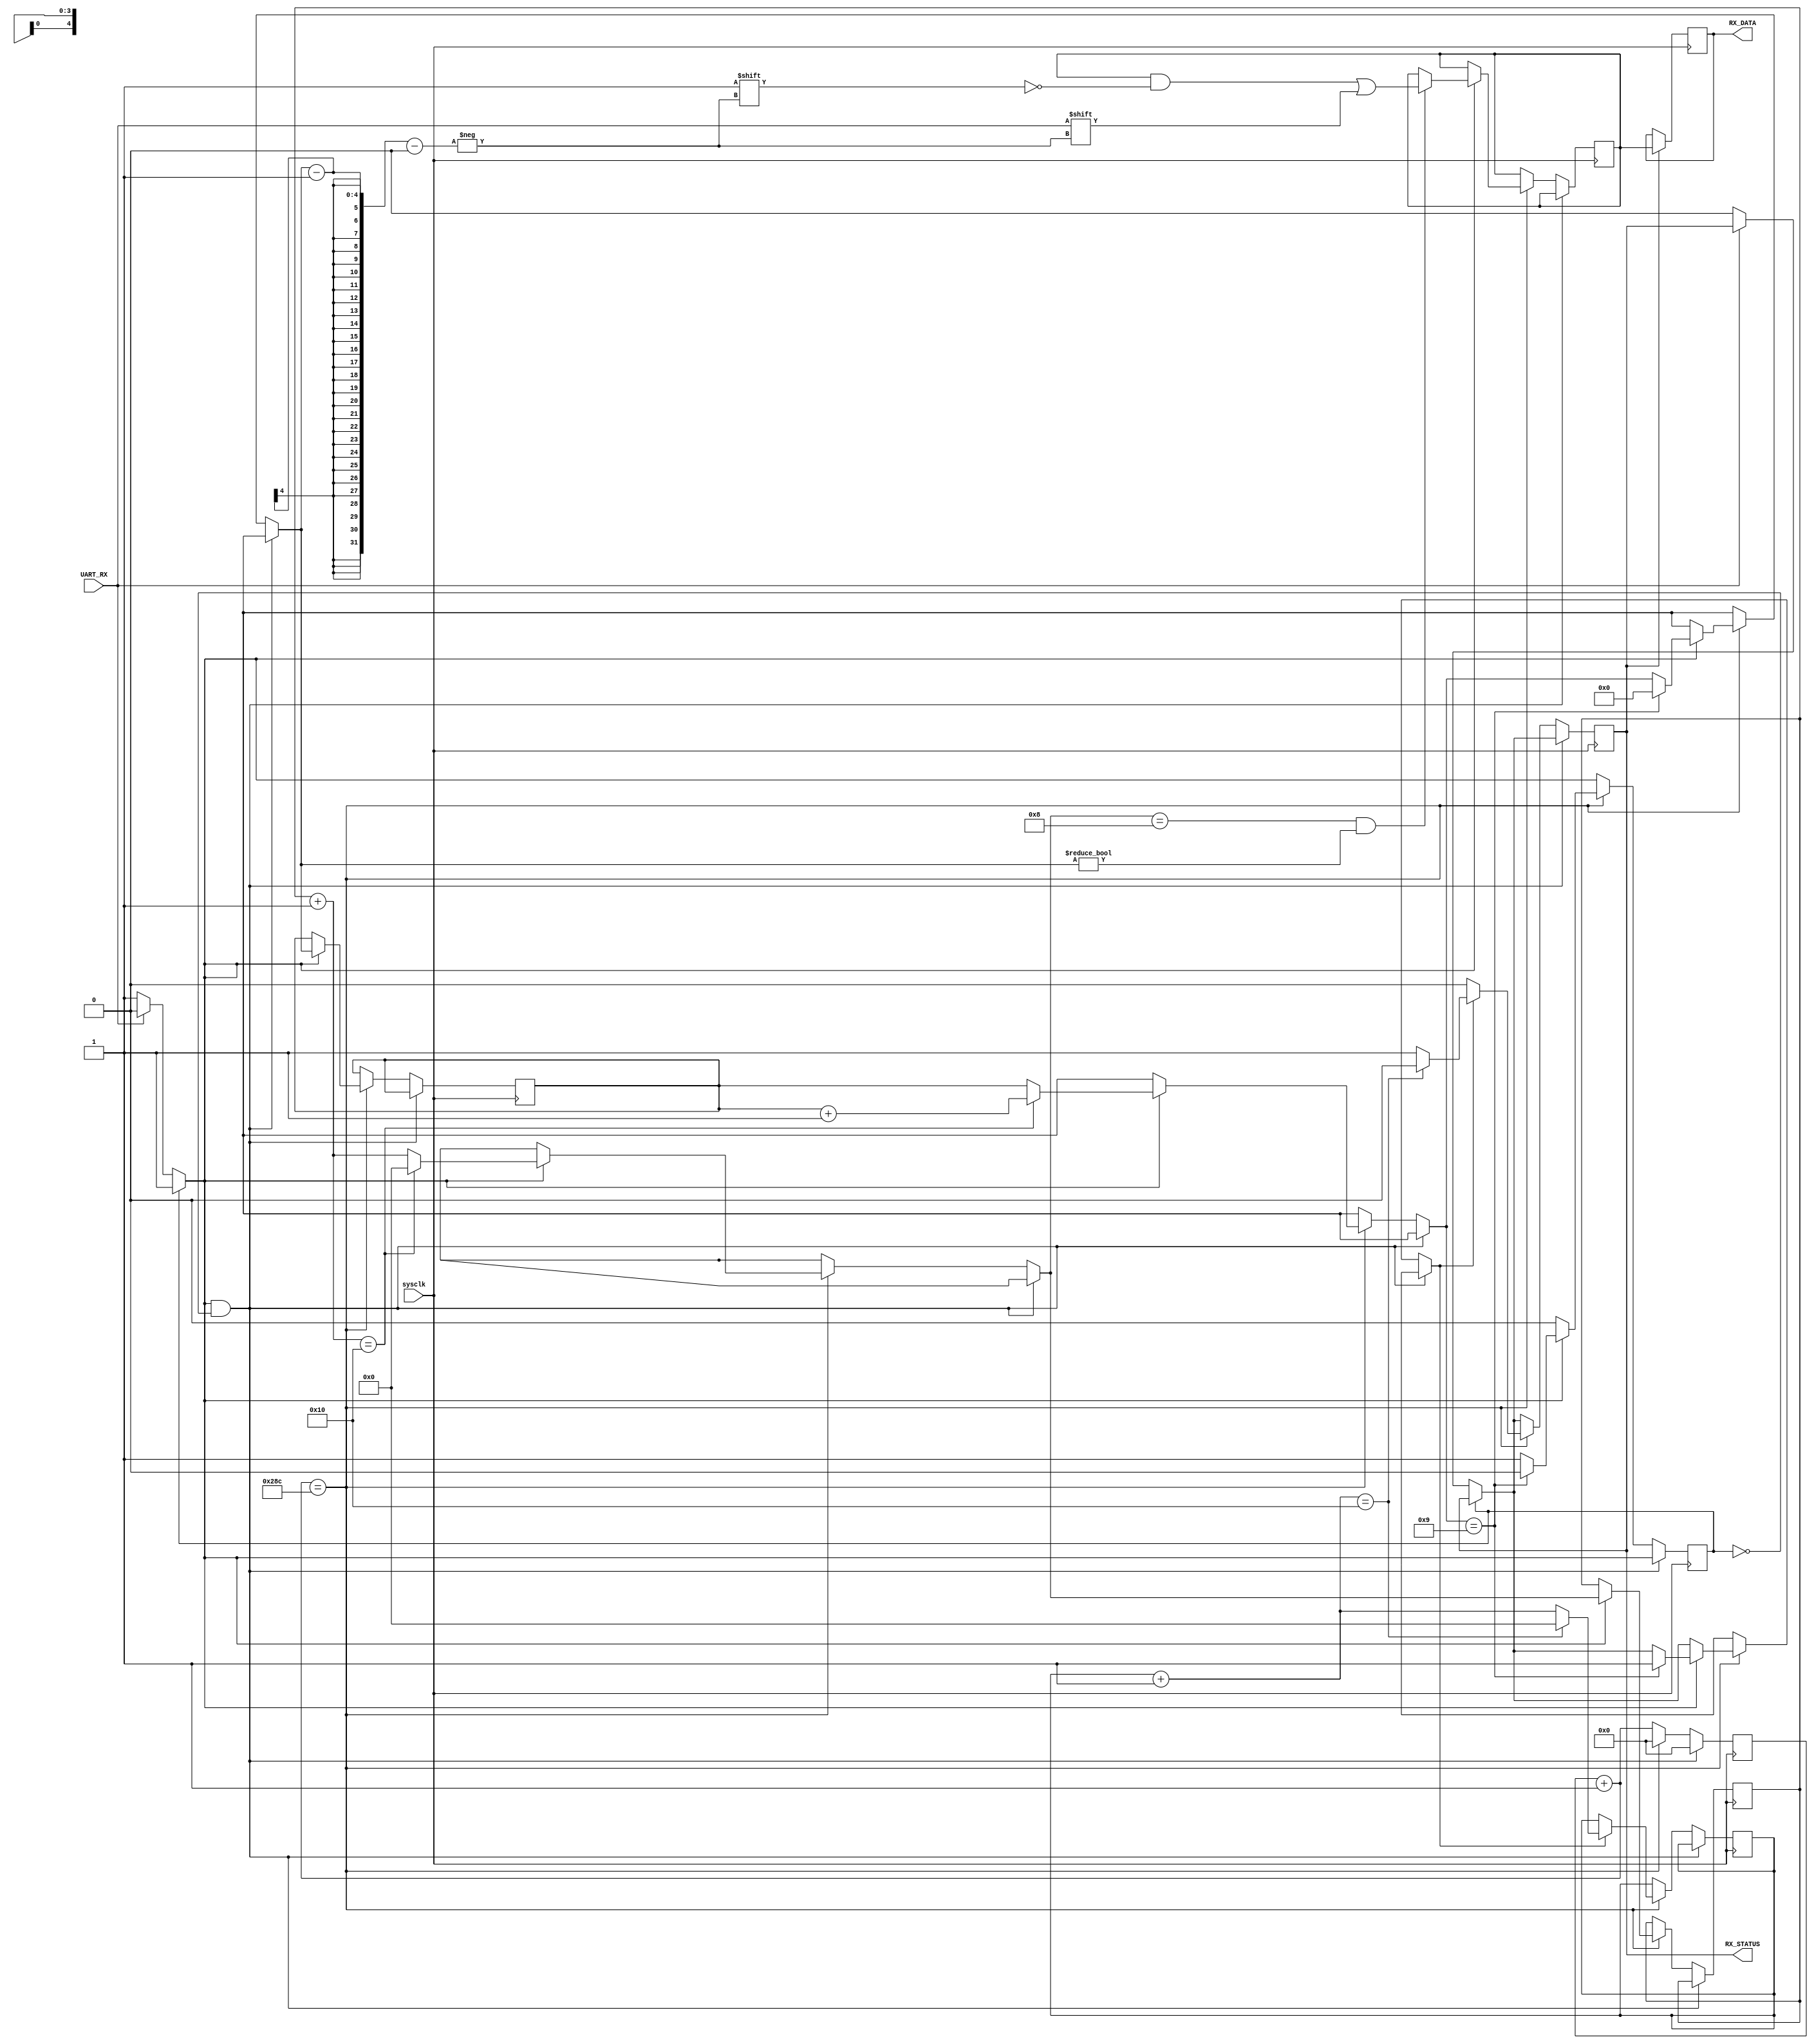
module UART_receiver(UART_RX,sysclk,RX_DATA,RX_STATUS);
input UART_RX;
input sysclk;
output [7:0]RX_DATA;
reg [7:0]RX_DATA;
output RX_STATUS;
reg RX_STATUS;

reg enable;
reg previous_enable;
reg [9:0]baud_rate_counter;
reg [4:0]time_center_counter;
reg [3:0]data_counter;
reg [4:0]status_counter;
reg [7:0]temp_data;
//set the first values
initial begin
	RX_DATA=8'b0;
	RX_STATUS=0;
	enable=0;
	previous_enable=0;
	baud_rate_counter=10'b0;
	time_center_counter=5'b0;
	data_counter=4'b0;
	temp_data=8'b0;
	status_counter=5'b0;
end
always @(posedge sysclk) begin
	previous_enable=enable;//record the status of the last clock period
	if(enable==0) begin
		if(UART_RX==0) begin
			enable=1;//find the beginning 0 and set enable to 1
			RX_STATUS=0;
		end
	end
	if(enable==1&&previous_enable==0) begin
		baud_rate_counter=0;
	end
	else begin
		baud_rate_counter=baud_rate_counter+10'b00000_00001;
		if(baud_rate_counter==652) begin //find a posedge of 153600Hz signal
			if(enable==1) begin
				time_center_counter=time_center_counter+5'b00001;
				if(time_center_counter==16) begin//find a posedge of 9600Hz
					data_counter=data_counter+4'b0001;
					time_center_counter=0;
				end
				if(data_counter==9) begin
					data_counter=0;
					enable=0;
					RX_STATUS=1;
				end
				if(time_center_counter==8&&data_counter!=0) begin
					temp_data[data_counter-1]=UART_RX;
				end
			end
			if(RX_STATUS==1) begin
				status_counter=status_counter+5'b00001;
				if(status_counter==16) begin
					RX_STATUS=0;
					status_counter=0;
				end
			end
			baud_rate_counter=0;
		end
	end
end
always @(posedge sysclk) begin
	if(RX_STATUS==1) begin
		RX_DATA=temp_data;
	end
end
endmodule

module UART_sender(sample_clk,TX_DATA,TX_EN,TX_STATUS,UART_TX);
input sample_clk;
input [7:0]TX_DATA;
input TX_EN;
output TX_STATUS;
output UART_TX;
reg UART_TX;

reg enable;
reg [8:0]temp_data;
reg [3:0]counter;
initial begin
	UART_TX<=1;
	enable<=0;
	temp_data<=7'b0;
	counter<=4'b0;
end
assign TX_STATUS=counter==0?1:0;
always @(posedge sample_clk) begin
	if(TX_EN==1) begin
		enable=1;
	end
	if(enable==1&&TX_EN==0) begin
		temp_data[8]<=1;
		temp_data[7:0]<=TX_DATA;
		counter<=1;
		UART_TX<=0;
		enable<=0;
	end
	else begin
	   if(counter==10)
	       counter<=0;
	   else if(counter!=0) begin
	       if(counter<10) begin
	           UART_TX=temp_data[counter-1];
	       end
	       counter<=counter+1;
	   end
	end
end
endmodule

module UART_control(RX_DATA,RX_STATUS,sysclk,TX_STATUS,TX_DATA,TX_EN);
input [7:0]RX_DATA;
input RX_STATUS;
input sysclk;
input TX_STATUS;
output [7:0]TX_DATA;
output TX_EN;
reg TX_EN;
reg receive_enable;//decide if the control mode have received a new data
reg [13:0]counter;

assign TX_DATA[7]=RX_DATA[7];
assign TX_DATA[6:0]=RX_DATA[7]?(~RX_DATA[6:0]):RX_DATA[6:0];
initial begin
	TX_EN=0;
	receive_enable=0;
	counter=13'b0;
end
always @(posedge sysclk) begin
	if(RX_STATUS==1) begin
		receive_enable=1;
	end
	else if(TX_STATUS==1&&receive_enable==1) begin
		receive_enable=0;
		TX_EN=1;
	end
	if(TX_EN==1) begin
		counter=counter+13'b000000_0000001;
		if(counter==11000) begin
			counter=0;
			TX_EN=0;
		end
	end
end
endmodule

module Baud_Rate_Generator(sysclk,baud_rate_clk);
input sysclk;
output baud_rate_clk;//153600Hz signal
reg baud_rate_clk;
reg [9:0]counter;
initial begin
	counter=10'b0;
	baud_rate_clk=0;
end
always @(posedge sysclk) begin
	counter=counter+10'b00000_00001;
	if(counter==326) begin
		baud_rate_clk=~baud_rate_clk;
		counter=0;
	end
end
endmodule

module sample_generator(baud_rate_clk,sample_clk);
input baud_rate_clk;
output sample_clk;//9600Hz signal
reg sample_clk;
reg [3:0]counter;
initial begin
	sample_clk=0;
	counter=4'b0000;
end
always @(posedge baud_rate_clk) begin
	counter=counter+4'b0001;
	if (counter==8) begin
		sample_clk=~sample_clk;
		counter=0;
	end
end
endmodule 

module UART(UART_RX,sysclk,UART_TX);
input UART_RX;
input sysclk;
output UART_TX;
wire [7:0]RX_DATA;
wire RX_STATUS;
wire [7:0]TX_DATA;
wire TX_STATUS;
wire TX_EN;
wire baud_rate_clk;
wire sample_clk;
UART_receiver ur1(UART_RX,sysclk,RX_DATA,RX_STATUS);
UART_control uc1(RX_DATA,RX_STATUS,sysclk,TX_STATUS,TX_DATA,TX_EN);
Baud_Rate_Generator brg1(sysclk,baud_rate_clk);
sample_generator sg1(baud_rate_clk,sample_clk);
UART_sender us1(sample_clk,TX_DATA,TX_EN,TX_STATUS,UART_TX);
endmodule

/*module UART_testbench;
reg UART_RX;
reg sysclk;
wire UART_TX;

wire [7:0]RX_DATA;
wire RX_STATUS;
wire [7:0]TX_DATA;
wire TX_STATUS;
wire TX_EN;
wire baud_rate_clk;
wire sample_clk;
UART_receiver ur1(UART_RX,sysclk,RX_DATA,RX_STATUS);
UART_control uc1(RX_DATA,RX_STATUS,sysclk,TX_STATUS,TX_DATA,TX_EN);
Baud_Rate_Generator brg1(sysclk,baud_rate_clk);
sample_generator sg1(baud_rate_clk,sample_clk);
UART_sender us1(sample_clk,TX_DATA,TX_EN,TX_STATUS,UART_TX);
initial begin
	forever #5 sysclk<=~sysclk;
end
initial begin
	sysclk<=0;
	UART_RX=1;
	#52083 UART_RX=0;
	#104166 UART_RX=1;
	#104166 UART_RX=0;
	#104166 UART_RX=1;
	#104166 UART_RX=0;
	#104166 UART_RX=1;
	#104166 UART_RX=0;
	#104166 UART_RX=1;
	#104166 UART_RX=0;
	#104166 UART_RX=1;
	#104166 UART_RX=0;
	#104166 UART_RX=1;
	#104166 UART_RX=1;
	#104166 UART_RX=0;
	#104166 UART_RX=1;
	#104166 UART_RX=0;
	#104166 UART_RX=0;
	#104166 UART_RX=1;
	#104166 UART_RX=1;
	#104166 UART_RX=1;
end
endmodule */